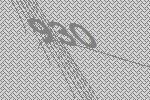
930